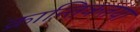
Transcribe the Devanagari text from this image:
क्रान्तिकतया